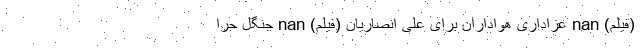
(فیلم) nan عزاداری هواداران برای علی انصاریان (فیلم) nan جنگل حرا